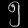
Digit: ၅